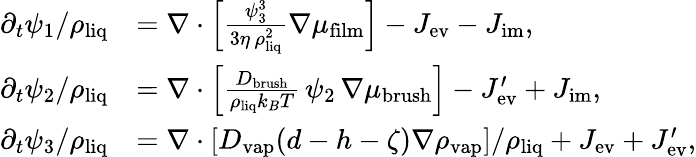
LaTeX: \begin{array}{rl}{\partial_{t}\psi_{1}/\rho_{\mathrm{liq}}}&{=\nabla\cdot\left[\frac{\psi_{3}^{3}}{3\eta\, \rho_{\mathrm{liq}}^{2}}\nabla\mu_{\mathrm{film}}\right]-J_{\mathrm{ev}}-J_{\mathrm{im}},}\\ {\partial_{t}\psi_{2}/\rho_{\mathrm{liq}}}&{=\nabla\cdot\left[\frac{D_{\mathrm{brush}}}{\rho_{\mathrm{liq}}k_{B}T}\, \psi_{2}\, \nabla\mu_{\mathrm{brush}}\right]-J_{\mathrm{ev}}^{\prime}+J_{\mathrm{im}},}\\ {\partial_{t}\psi_{3}/\rho_{\mathrm{liq}}}&{=\nabla\cdot\left[D_{\mathrm{vap}}(d-h-\zeta)\nabla\rho_{\mathrm{vap}}\right]/\rho_{\mathrm{liq}}+J_{\mathrm{ev}}+J_{\mathrm{ev}}^{\prime},}\end{array}